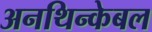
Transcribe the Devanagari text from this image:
अनथिन्केबल